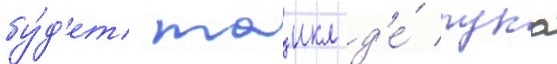
бу́д'ет маикл д'е́ лука